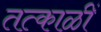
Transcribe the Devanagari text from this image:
तत्काळीं